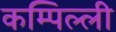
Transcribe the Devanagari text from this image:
कम्पिल्ली